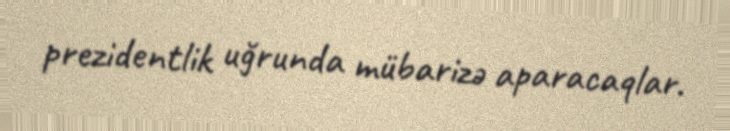
prezidentlik uğrunda mübarizə aparacaqlar.